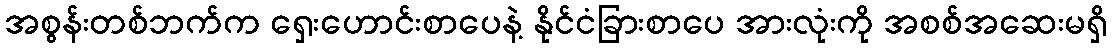
အစွန်းတစ်ဘက်က ရှေးဟောင်းစာပေနဲ့ နိုင်ငံခြားစာပေ အားလုံးကို အစစ်အဆေးမရှိ